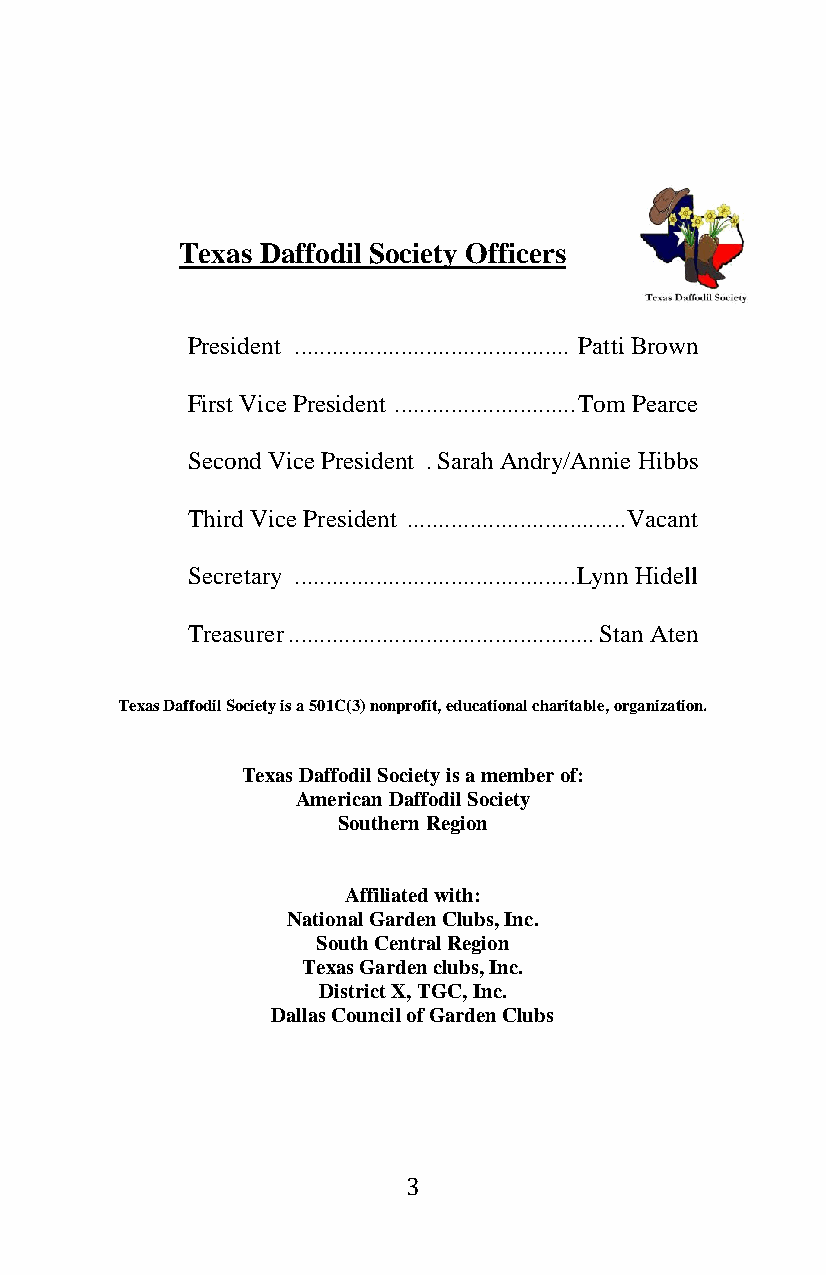
Texas Daffodil Society Officers
 President ............................................ Patti Brown
 First Vice President ............................. Tom Pearce
 Second Vice President . Sarah Andry/Annie Hibbs
 Third Vice President ................................... Vacant
 Secretary ............................................. Lynn Hidell
 Treasurer ................................................. Stan Aten
 Texas Daffodil Society is a 501C(3) nonprofit, educational charitable, organization.
 Texas Daffodil Society is a member of:
 American Daffodil Society
 Southern Region
 Affiliated with:
 National Garden Clubs, Inc.
 South Central Region
 Texas Garden clubs, Inc.
 District X, TGC, Inc.
 Dallas Council of Garden Clubs
 3